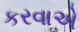
કરવાએ